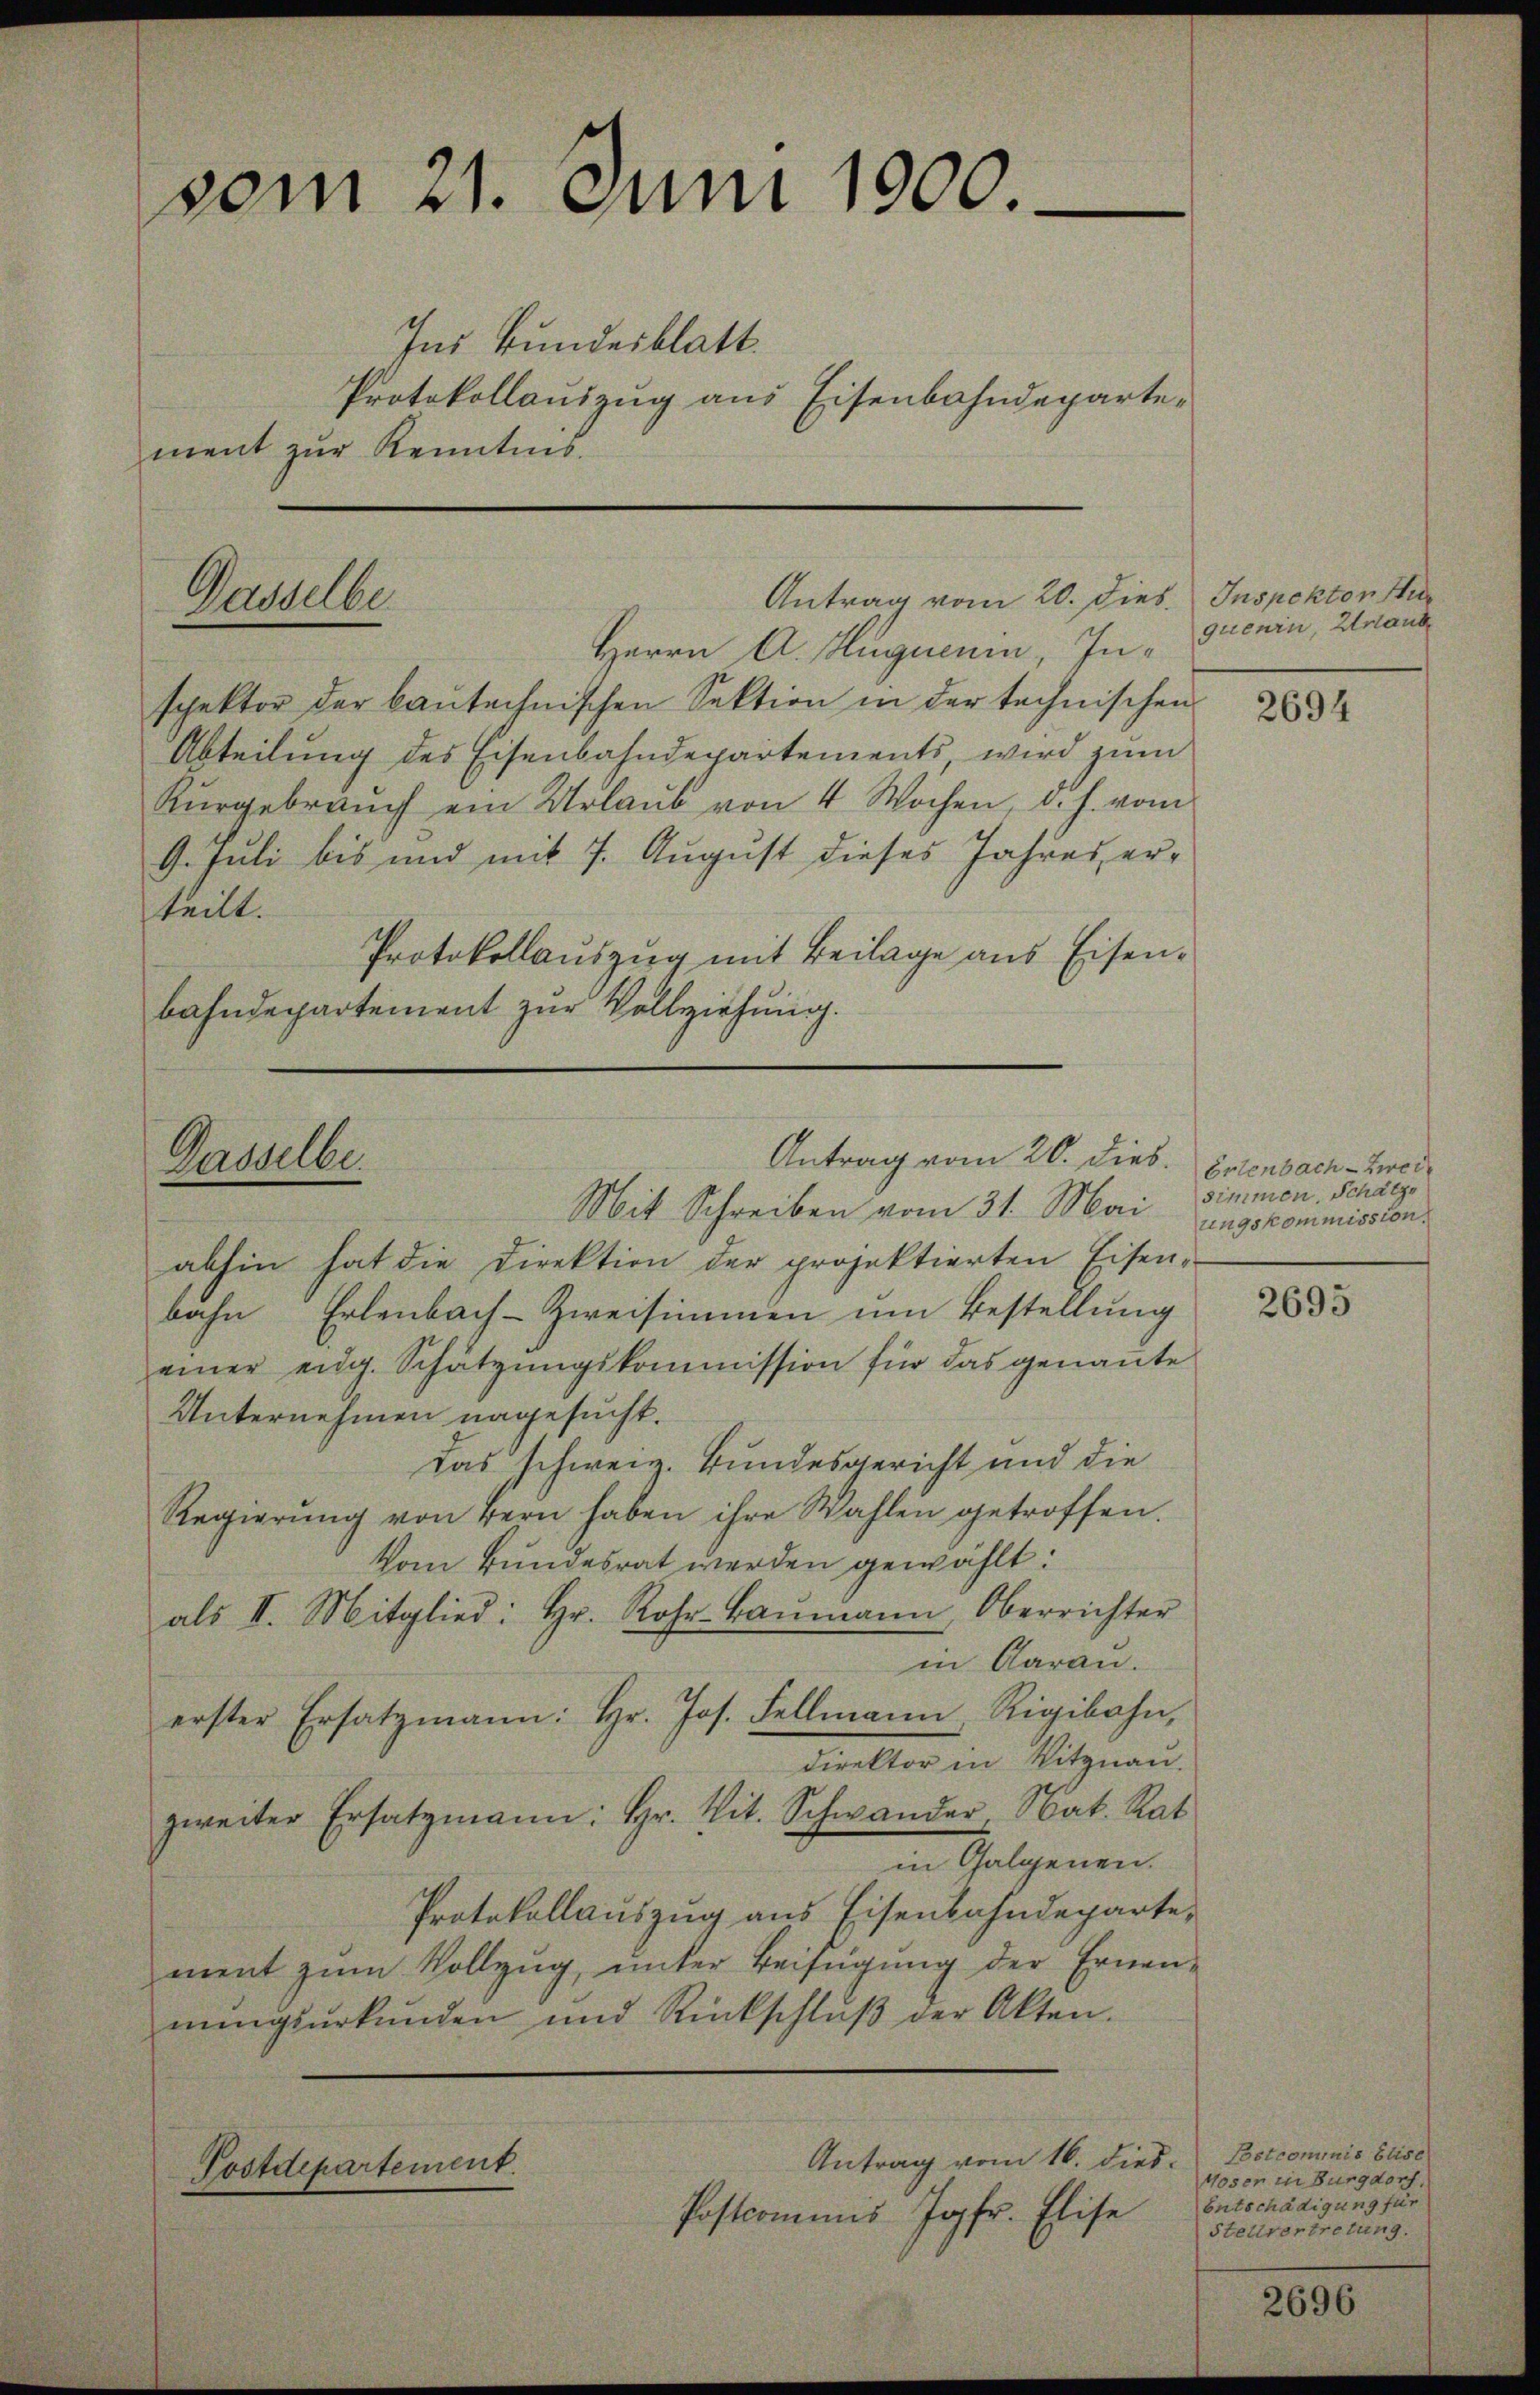
vom 21. Juni 1900.

Ins Bundesblatt.
Protokollauszug aus Eisenbahndeparte-
ment zur Kenntnis.

Gasselbe

Herrn A. Huguenin, Inspektor der baŭtechnischen Sektion in der technischen
Abteilung des Eisenbahndepartements, wird zum
Kŭrgebrauch ein Urlaŭb von 4 Wochen, d. h. vom
9. Juli bis und mit 7. August dieses Jahres erteilt.
Protokollauszug mit Beilage aus Eisenbahndepartement zur Vollziehung.

Dasselbe

abhin hat die Direktion der projektierten Eisen-
bahn Erlenbach-Zweisimmen um Bestellung
einer eidg. Schätzungskommission für das genannte
Unternehmen nagesucht.
Das schweiz. Bundesgericht und die
Regierŭng von Bern haben ihre Wahlen getroffen.
Vom Bundesrat werden gewählt:
als II. Mitglied: Hr. Rohr-Baumann, Oberrichter
in Garan.
erster Ersatzmann: hr. Jos. Fellmann Rigibahn,
direktor in Vitznau.
zweiter Ersatzmann: Hr. Vit. Schwander, Nat. Rat
in Gelegenen
Protokollauszug aus Eisenbahndeparte,
ment zum Vollzug, unter Beifügung der Ernennŭngsŭrkŭnden und Rückschlŭβ der Akten.
Antrag vom 16. dies
Postdepartement.
Postcommis Jopfr. Elise

Antrag vom 20. dies

Antrag vom 20. dies

Mit Schreiben vom 31. Mai simmen. Schätze

Inspektor Hu
quenin, Urlaub

2694

Erlenbach Zwei
ungskommission.

2695

Postcommis Elise
Woser in Burgdorf,
Entschädigung für
Stellvertretung.

2696